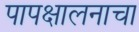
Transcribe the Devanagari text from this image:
पापक्षालनाचा